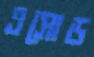
এসোড